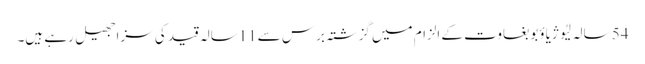
54 سالہ لِیُو ژیاؤبو بغاوت کے الزام میں گزشتہ برس سے11سالہ قید کی سزا جھیل رہے ہیں۔